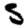
Digit: 5